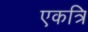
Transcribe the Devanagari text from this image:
एकत्रि